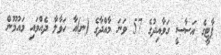
ޕާޓީގެ އަސާސީ ގަވާއިދުގެ 57 ވަނަ މާއްދާގެ (ނ)އާ ހަވާލާ ދެއްވައި މައުމޫން